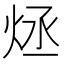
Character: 𤇶